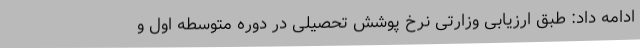
ادامه داد: طبق ارزیابی وزارتی نرخ پوشش تحصیلی در دوره متوسطه اول و